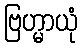
ဗြဟ္မာယုံ